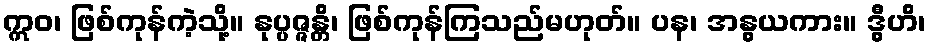
ဣဝ၊ ဖြစ်ကုန်ကဲ့သို့။ နုပ္ပဇ္ဇန္တိ၊ ဖြစ်ကုန်ကြသည်မဟုတ်။ ပန၊ အနွယကား။ ဒွီဟိ၊